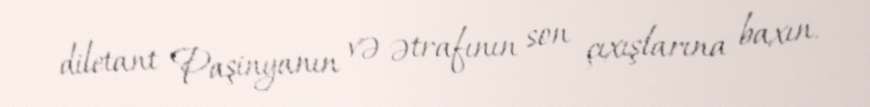
diletant Paşinyanın və ətrafının son çıxışlarına baxın.